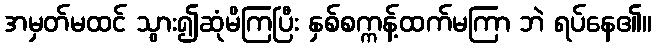
အမှတ်မထင် သွား၍ဆုံမိကြပြီး နှစ်စက္ကန့်ထက်မကြာ ဘဲ ရပ်နေ၏။